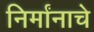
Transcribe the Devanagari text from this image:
निर्मांनाचे